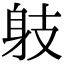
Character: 𨈛